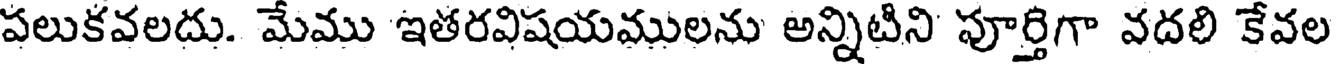
పలుకవలదు. మేము ఇతరవిషయములను అన్నిటిని పూర్తిగా వదలి కేవల